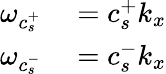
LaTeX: \begin{array}{rl}{\omega_{c_{s}^{+}}}&{{}=c_{s}^{+}k_{x}}\\ {\omega_{c_{s}^{-}}}&{{}=c_{s}^{-}k_{x}}\end{array}